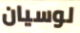
لوسيان